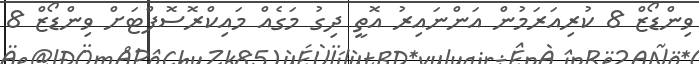
ވިންޑޯޒް 8 ކުރިއަރަމުން އަންނައިރު އޮތީ ދިގު މަގެއް މައިކްރޮސޮފްޓަށް ވިންޑޯޒް 8